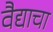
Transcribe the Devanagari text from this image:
वैद्याचा